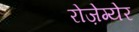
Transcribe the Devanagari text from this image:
रोज़ेग्येर